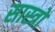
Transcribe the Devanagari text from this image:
सास्त्रों